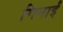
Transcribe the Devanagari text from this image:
गिनाईं